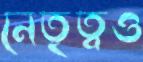
নেতৃত্বও